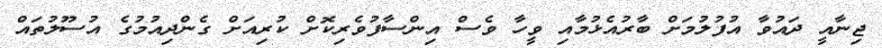
ޖިނާއީ ދައުވާ އުފުލުމަށް ބާރުއެޅުމާއި ވީހާ ވެސް އިންސާފުވެރިކޮށް ކުރިއަށް ގެންދިއުމުގެ އުސޫލުތައް